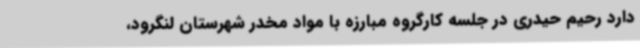
دارد رحیم حیدری در جلسه کارگروه مبارزه با مواد مخدر شهرستان لنگرود،